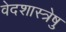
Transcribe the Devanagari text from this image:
वेदशास्त्रेषु